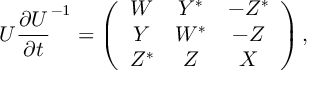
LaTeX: { \cal U } \frac { \partial { \cal U } } { \partial t } ^ { - 1 } = \left( \begin{array} { c c c } { { W } } & { { Y ^ { * } } } & { { - Z ^ { * } } } \\ { { Y } } & { { W ^ { * } } } & { { - Z } } \\ { { Z ^ { * } } } & { { Z } } & { { X } } \end{array} \right) ,